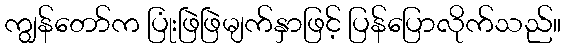
ကျွန်တော်က ပြုံးဖြဲဖြဲမျက်နှာဖြင့် ပြန်ပြောလိုက်သည်။